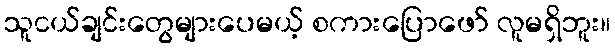
သူငယ်ချင်းတွေများပေမယ့် စကားပြောဖော် လူမရှိဘူး။